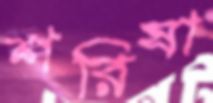
শরিষা